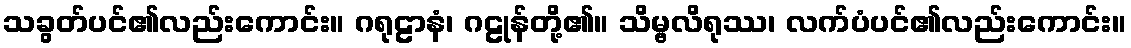
သခွတ်ပင်၏လည်းကောင်း။ ဂရုဠာနံ၊ ဂဠုန်တို့၏။ သိမ္ဗလိရုဿ၊ လက်ပံပင်၏လည်းကောင်း။